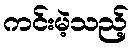
ကင်းမဲ့သည့်